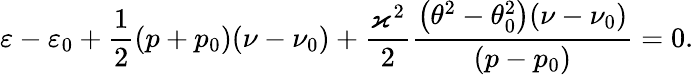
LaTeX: \varepsilon-\varepsilon_{0}+\frac{1}{2}(p+p_{0})(\nu-\nu_{0})+\frac{\varkappa^{2}}{2}\frac{\left(\theta^{2}-\theta_{0}^{2}\right)(\nu-\nu_{0})}{(p-p_{0})}=0.